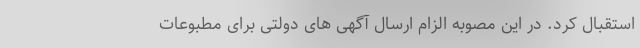
استقبال کرد. در این مصوبه الزام ارسال آگهی های دولتی برای مطبوعات